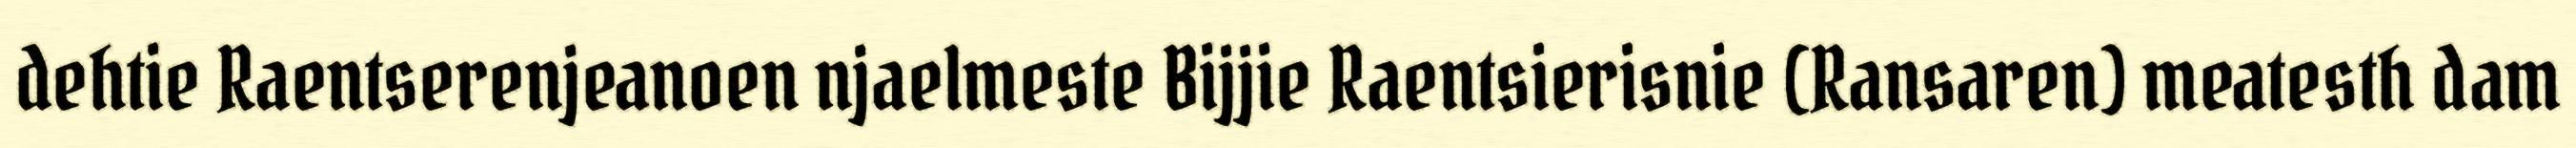
dehtie Raentserenjeanoen njaelmeste Bijjie Raentsierisnie (Ransaren) meatesth dam